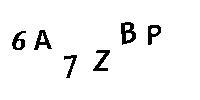
6A7ZBP